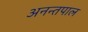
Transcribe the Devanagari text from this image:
अनन्तपाल